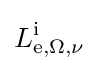
L\mathrm {_{e,\Omega ,\nu }^{i}}